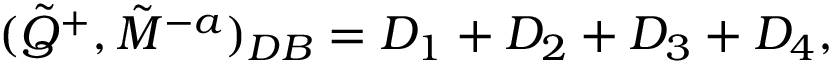
( \tilde { Q } ^ { + } , \tilde { M } ^ { - a } ) _ { D B } = D _ { 1 } + D _ { 2 } + D _ { 3 } + D _ { 4 } ,